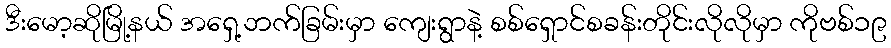
ဒီးမော့ဆိုမြို့နယ် အရှေ့ဘက်ခြမ်းမှာ ကျေးရွာနဲ့ စစ်ရှောင်စခန်းတိုင်းလိုလိုမှာ ကိုဗစ်၁၉